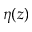
\eta ( z )